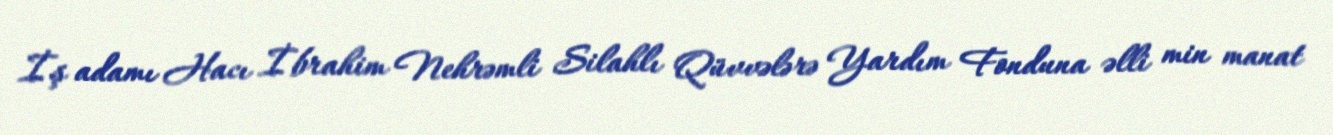
İş adamı Hacı İbrahim Nehrəmli Silahlı Qüvvələrə Yardım Fonduna əlli min manat